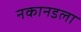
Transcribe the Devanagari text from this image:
नकानडला